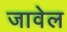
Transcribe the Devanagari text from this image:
जावेल